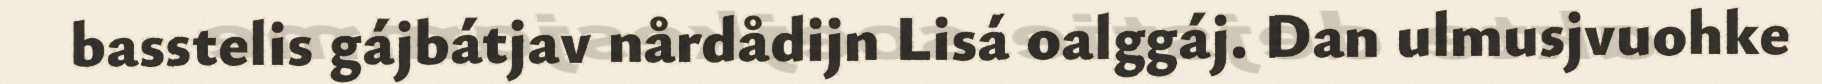
basstelis gájbátjav nårdådijn Lisá oalggáj. Dan ulmusjvuohke